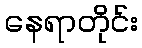
နေရာတိုင်း